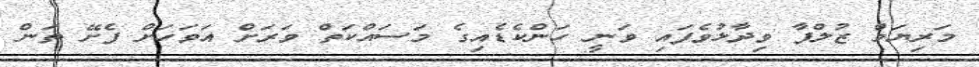
މަރިޔަމް ޒުލްފާ ވިދާޅުވެފައި ވަނީ ހަންކެޑެއިގެ މަސައްކަތް ވަރަށް އަވަހަށް ފެށޭ ތަން